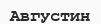
Августин